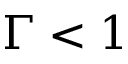
\Gamma < 1